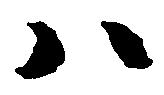
ハ